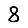
Digit: 8